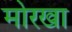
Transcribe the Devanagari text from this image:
मोरखा